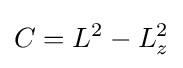
C=L^{2}-L_{z}^{2}